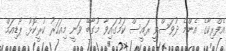
އެފްރިކާގެ އެންމެ ދުވަސްވީ ރައީސް ކަމުގައިވާ މުގާބޭ ވަނީ މިއަހަރު ކުރީކޮޅު ޕޯޑިއަމް